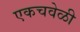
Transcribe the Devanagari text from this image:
एकचवेळी